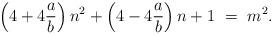
LaTeX: \begin{align*}\left(4+4\frac{a}{b}\right)n^2+\left(4-4\frac{a}{b}\right)n+1 \ = \ m^2. \end{align*}